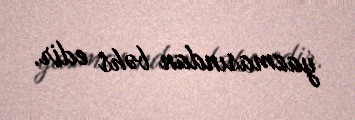
yazmasından bəhs edir.